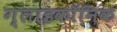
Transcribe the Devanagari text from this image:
ग्लाइकॉनिक